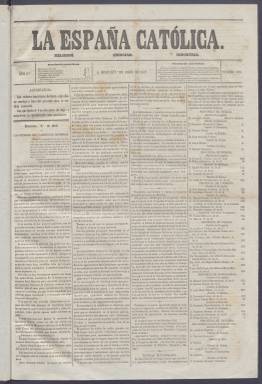
Título: La España católica (Barcelona)
Colección: Periódicos
Ámbito geográfico: Barcelona
Lugar de publicación: Barcelona
Fechas: 01/04/1857-15/08/1857